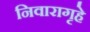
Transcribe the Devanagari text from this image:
निवारागृहे